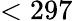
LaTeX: <297